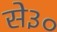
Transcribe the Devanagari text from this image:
से३०